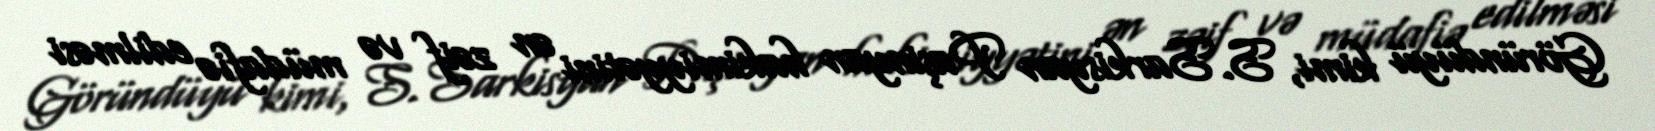
Göründüyü kimi, S.Sarkisyan Paşinyan hakimiyyətini ən zəif və müdafiə edilməsi